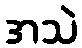
အသဲ